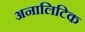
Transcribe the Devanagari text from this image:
अनालिटिक